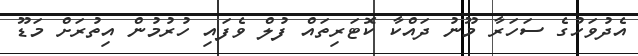
އެދުވަހުގެ ސަހަރާ މޫނު ދައްކާ ކޮޓަރިތައް ފުލް ވެފައި ހުރުމުން އިތުރަށް މަޑޫ